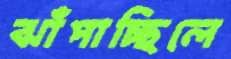
ঝাঁপাচ্ছিলে